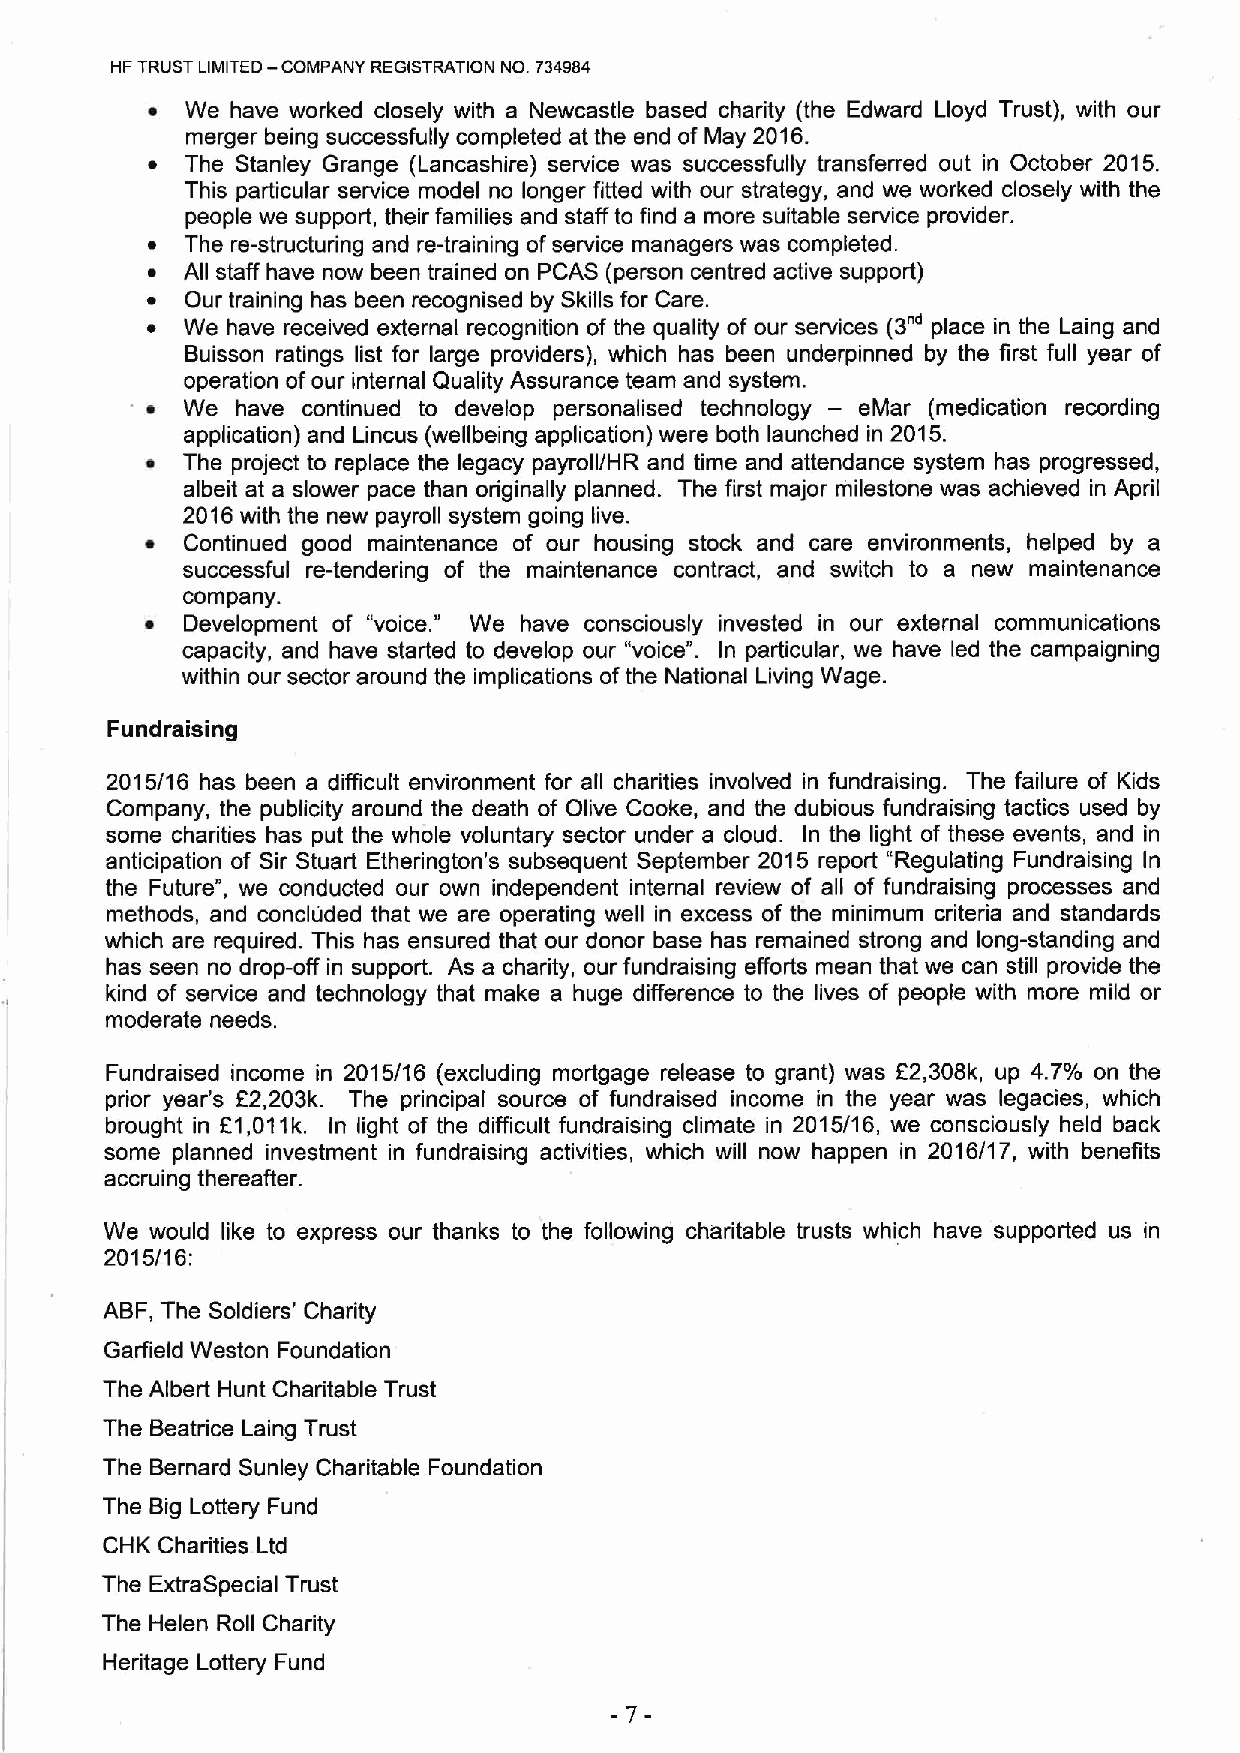
FIFTRUST LIMITED — COMPANY REGISTRATION No. 734984
 ~ We have worked closely with a Newcastle based charity (the Edward Lloyd Trust), with our
 merger being successfully completed at the end of May 2016.
 ~ The Stanley Grange (Lancashire) service was successfully transferred out in October 2015.
 This particular service model no longer fitted with our strategy, and we worked closely with the
 people we support, their families and staff to find a more suitable service provider.
 ~ The re-structuring and re-training ofservice managers was completed.
 ~ All staff have now been trained on PCAS (person centred active support)
 ~ Our training has been recognised by Skills for Care.
 (3"'
 ~ We have received external recognition of the quality of our services place in the Laing and
 Buisson ratings list for large providers), which has been underpinned by the first full year of
 operation ofour internal Quality Assurance team and system.
 —
 ~ We  have continued to develop personalised technology eMar (medication recording
 application) and Lincus (wellbeing application) were both launched in 2015.
 ~ The project to replace the legacy payroll/HR and time and attendance system has progressed,
 albeit at a slower pace than originally planned. The first major milestone was achieved in April
 2016with the new payroll system going live.
 ~ Continued good maintenance of our housing stock and care environments, helped by a
 successful re-tendering of the maintenance contract, and switch to a new maintenance
 company.
 "
 ~ Development of "voice. We have consciously invested in our external communications
 capacity, and have started to develop our "voice". In particular, we have led the campaigning
 within our sector around the implications ofthe National Living Wage.
 Fundraising
 2015/16 has been a difficult environment for all charities involved in fundraising. The failure of Kids
 Company, the publicity around the death of Olive Cooke, and the dubious fundraising tactics used by
 some charities has put the whole voluntary sector under a cloud. In the light of these events, and in
 anticipation of Sir Stuart Etherington's subsequent September 2015 report "Regulating Fundraising In
 the Future", we conducted our own independent internal review of all of fundraising processes and
 methods, and concluded that we are operating well in excess of the minimum criteria and standards
 which are required. This has ensured that our donor base has remained strong and Iong-standing and
 has seen no drop-off in support. As a charity, our fundraising efforts mean that we can still provide the
 kind of service and technology that make a huge difference to the lives of people with more mild or
 moderate needs.
 Fundraised income in 2015/16 (excluding mortgage release to grant) was F2,306k, up 4.7% on the
 prior year's R2,203k. The principal source of fundraised income in the year was legacies, which
 brought in E1,011k. In light of the difficult fundraising climate in 2015/16, we consciously held back
 some planned investment in fundraising activities, which will now happen in 2016/17, with benefits
 accruing thereafter.
 We would like to express our thanks to the following charitable trusts which have supported us in
 2015/16:
 ABF, The Soldiers' Charity
 Garfield Weston Foundation
 The Albert Hunt Charitable Trust
 The Beatrice Laing Trust
 The Bernard Sunley Charitable Foundation
 The Big Lottery Fund
 CHK Charities Ltd
 The ExtraSpecial Trust
 The Helen Roll Charity
 Heritage Lottery Fund
 -7-